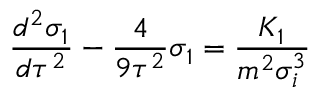
\frac { d ^ { 2 } \sigma _ { 1 } } { d \tau ^ { 2 } } - \frac 4 { 9 \tau ^ { 2 } } \sigma _ { 1 } = \frac { K _ { 1 } } { m ^ { 2 } \sigma _ { i } ^ { 3 } }